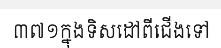
៣៧១ក្នុងទិសដៅពីជើងទៅ